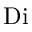
\mathrm { D i }